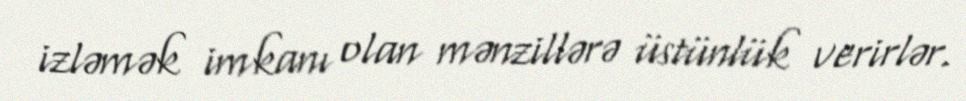
izləmək imkanı olan mənzillərə üstünlük verirlər.